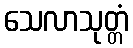
သေလာသုတ္တံ